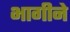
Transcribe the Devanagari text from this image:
भागीने